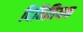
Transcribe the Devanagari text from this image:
दिवितियक